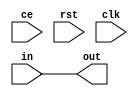
`timescale 1ns / 1ps
//////////////////////////////////////////////////////////////////////////////////
// Company: 
// Engineer: 
// 
// Design Name: 
// Module Name:    delay_line 
// Project Name: 
// Target Devices: 
// Tool versions: 
// Description: 
//
// Dependencies: 
//
// Revision: 
// Revision 0.01 - File Created
// Additional Comments: 
//
//////////////////////////////////////////////////////////////////////////////////
module delay_line #(
        parameter   DELAY = 0,
        parameter   WIDTH = 8
    )(
        input                   ce,
        input                   rst,
        input                   clk,
        input  [WIDTH - 1:0]    in,
        output [WIDTH - 1:0]    out
    );
    wire [WIDTH - 1:0]  chain [DELAY:0];
    assign chain[0] = in;
    assign out  = chain[DELAY];
    
    generate
        genvar i;
        for(i = 0; i < DELAY; i = i + 1)
            latch #(
                .WIDTH(WIDTH)
            )
            lat (
                .ce(ce),
                .rst(rst),
                .clk(clk),
                .in(chain[i]),
                .out(chain[i + 1])
            );
    endgenerate
endmodule